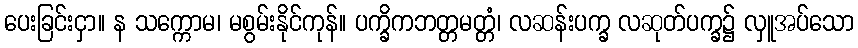
ပေးခြင်းငှာ။ န သက္ကောမ၊ မစွမ်းနိုင်ကုန်။ ပက္ခိကဘတ္တမတ္တံ၊ လဆန်းပက္ခ လဆုတ်ပက္ခ၌ လှူအပ်သော